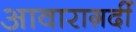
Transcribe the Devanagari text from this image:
आवाराग़र्दी